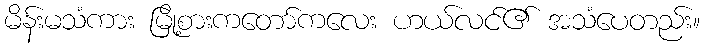
မိန်းမသံကား မြို့စားကတော်ကလေး ဟယ်လင်၏ အသံပေတည်း။